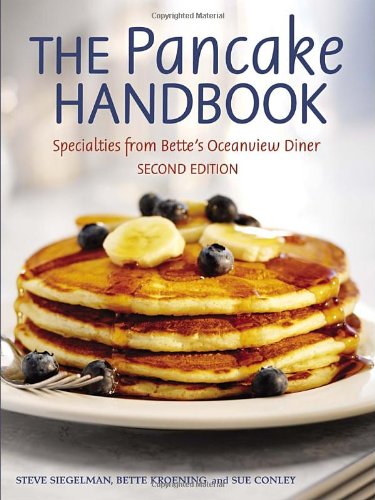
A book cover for The Pancake Handbook: Specialties from Bette's Oceanview Diner; Steve Siegelman; Cookbooks, Food & Wine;